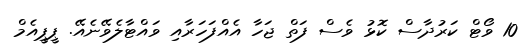
10 ވޯޓް ކަރުދާސް ކޮޅު ވެސް ފަތް ޖަހާ އެއްފަހަރާއި ވައްޓާލެވޭނެއޭ. ޕީޕީއެމް